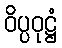
ဝိပ္ပဝုဋ္ဌံ